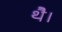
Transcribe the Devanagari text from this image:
थेै।